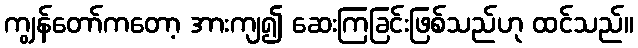
ကျွန်တော်ကတော့ အားကျ၍ ဆေးကြခြင်းဖြစ်သည်ဟု ထင်သည်။